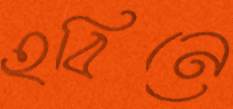
হবিনে